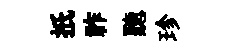
扺祚聽珍